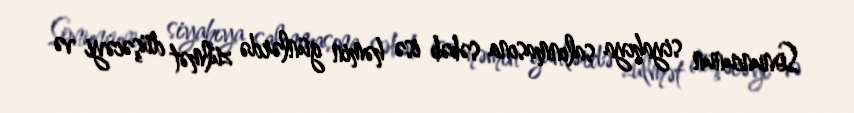
Sonuncunun siyahıya salınmasına səbəb isə həmin günlərdə zülmət düşəcəyi və